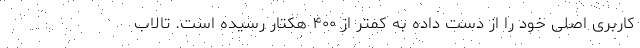
کاربری اصلی خود را از دست داده به کمتر از ۴۰۰ هکتار رسیده است. تالاب